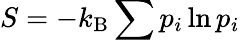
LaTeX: S=-k_{\mathrm{B}}\sum p_{i}\ln p_{i}